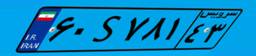
۶۰S۷۸۱۴۳